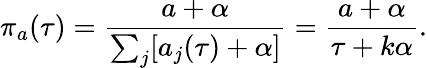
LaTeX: \pi_{a}(\tau)=\frac{a+\alpha}{\sum_{j}[a_{j}(\tau)+\alpha]}=\frac{a+\alpha}{\tau+k\alpha}.